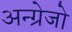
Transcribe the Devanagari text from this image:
अन्ग्रेजो